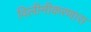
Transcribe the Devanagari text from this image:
विलीनीकरणास